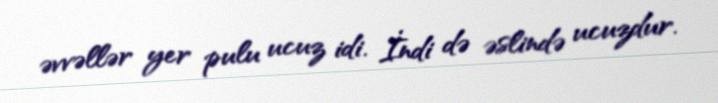
əvvəllər yer pulu ucuz idi. İndi də əslində ucuzdur.